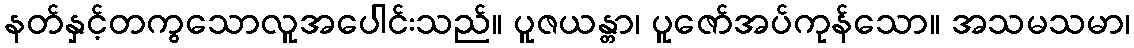
နတ်နှင့်တကွသောလူအပေါင်းသည်။ ပူဇယန္တာ၊ ပူဇော်အပ်ကုန်သော။ အသမသမာ၊